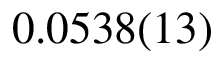
0 . 0 5 3 8 ( 1 3 )